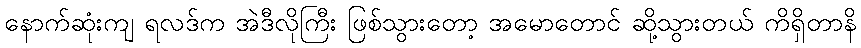
နောက်ဆုံးကျ ရလဒ်က အဲဒီလိုကြီး ဖြစ်သွားတော့ အမောတောင် ဆို့သွားတယ် ကိရှိတာနိ